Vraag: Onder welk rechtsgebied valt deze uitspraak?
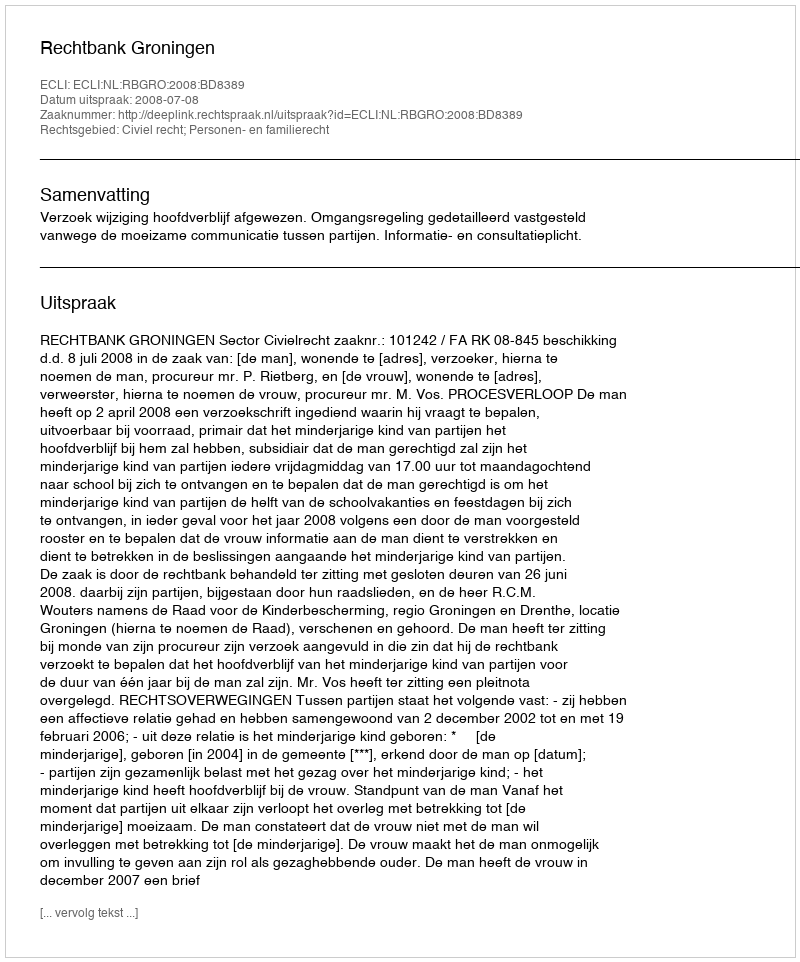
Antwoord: Civiel recht; Personen- en familierecht